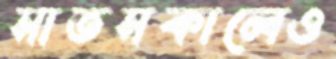
সাতসকালেও